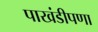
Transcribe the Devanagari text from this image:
पाखंडीपणा